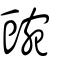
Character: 豌